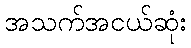
အသက်အငယ်ဆုံး